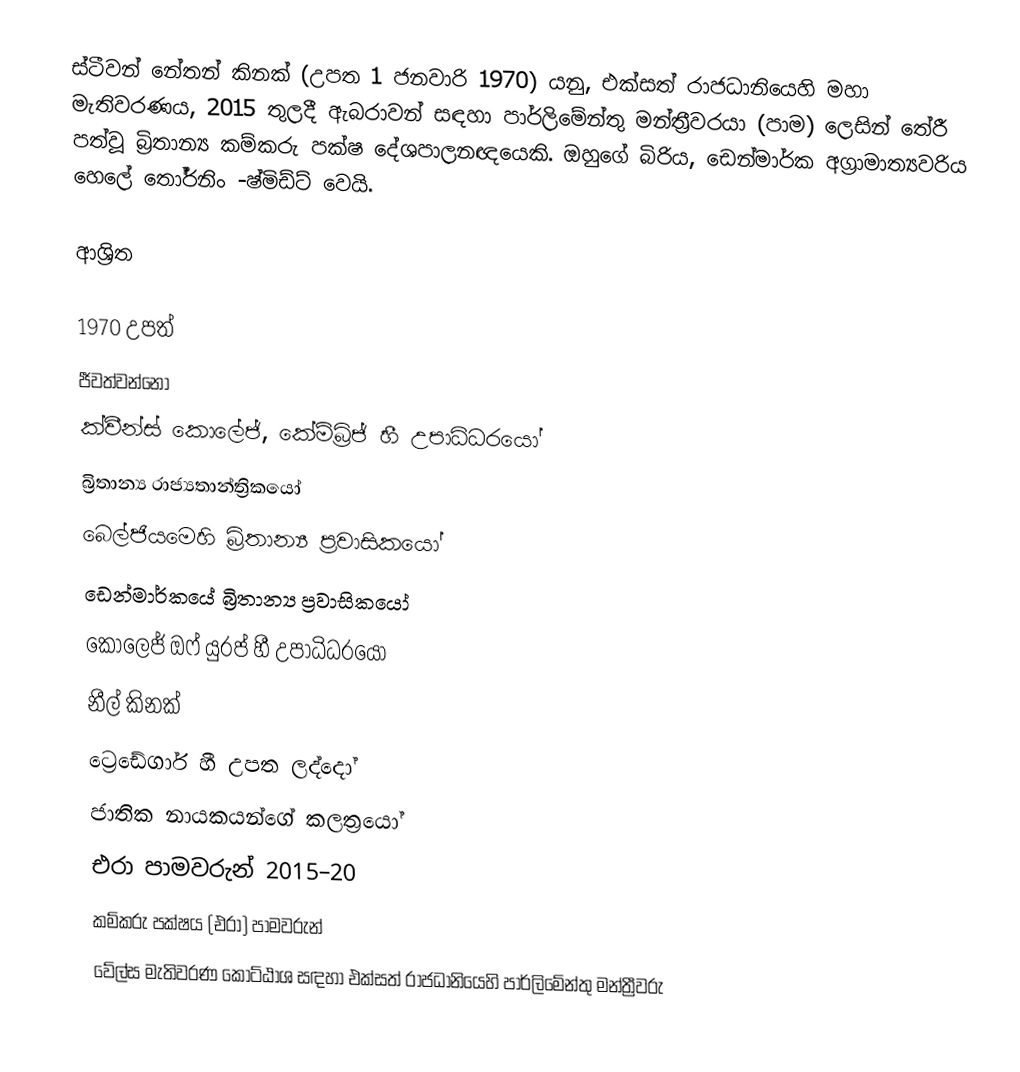
ස්ටීවන් නේතන් කිනක් (උපත 1 ජනවාරි 1970) යනු,  එක්සත් රාජධානියෙහි මහා මැතිවරණය, 2015 තුලදී  ඇබරාවන් සඳහා පාර්ලිමේන්තු මන්ත්‍රීවරයා (පාම) ලෙසින් තේරී පත්වූ බ්‍රිතාන්‍ය කම්කරු පක්ෂ දේශපාලනඥයෙකි. ඔහුගේ බිරිය,  ඩෙන්මාර්ක අග්‍රාමාත්‍යවරිය හෙලේ තෝර්නිං -ෂ්මිඩ්ට් වෙයි.

ආශ්‍රිත

1970 උපත්
ජීවත්වන්නෝ
 ක්වීන්ස් කොලේජ්, කේම්බ්‍රිජ් හී උපාධිධරයෝ
බ්‍රිතාන්‍ය රාජ්‍යතාන්ත්‍රිකයෝ
බෙල්ජියමෙහි බ්‍රිතාන්‍ය ප්‍රවාසිකයෝ
ඩෙන්මාර්කයේ බ්‍රිතාන්‍ය ප්‍රවාසිකයෝ
කොලෙජ් ඔෆ් යුරප් හී උපාධිධරයෝ
 නීල් කිනක්
 ට්‍රෙඩේගාර් හී උපත ලද්දෝ
ජාතික නායකයන්ගේ කලත්‍රයෝ
එරා පාමවරුන් 2015–20
කම්කරු පක්ෂය (එරා) පාමවරුන්
වේල්ස මැතිවරණ කොට්ඨාශ සඳහා එක්සත් රාජධානියෙහි පාර්ලිමේන්තු මන්ත්‍රීවරු